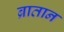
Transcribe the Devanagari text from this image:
ब्रातान